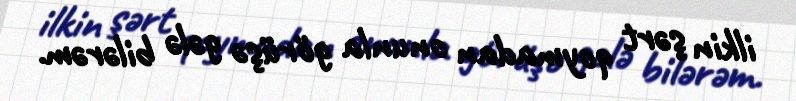
ilkin şərt qoymadan onunla görüşə gələ bilərəm.